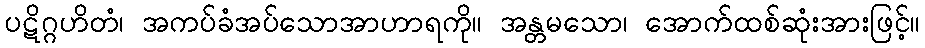
ပဋိဂ္ဂဟိတံ၊ အကပ်ခံအပ်သောအာဟာရကို။ အန္တမသော၊ အောက်ထစ်ဆုံးအားဖြင့်။